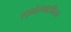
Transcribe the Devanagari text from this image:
सावंतवाडीतच